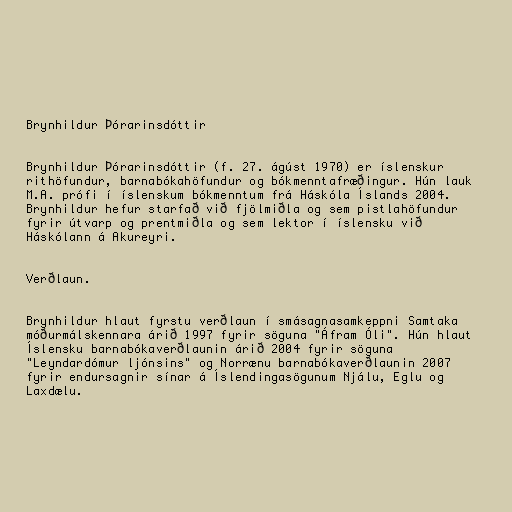
Brynhildur Þórarinsdóttir

Brynhildur Þórarinsdóttir (f. 27. ágúst 1970) er íslenskur
rithöfundur, barnabókahöfundur og bókmenntafræðingur. Hún lauk
M.A. prófi í íslenskum bókmenntum frá Háskóla Íslands 2004.
Brynhildur hefur starfað við fjölmiðla og sem pistlahöfundur
fyrir útvarp og prentmiðla og sem lektor í íslensku við
Háskólann á Akureyri.

Verðlaun.

Brynhildur hlaut fyrstu verðlaun í smásagnasamkeppni Samtaka
móðurmálskennara árið 1997 fyrir söguna "Áfram Óli". Hún hlaut
Íslensku barnabókaverðlaunin árið 2004 fyrir söguna
"Leyndardómur ljónsins" og Norrænu barnabókaverðlaunin 2007
fyrir endursagnir sínar á Íslendingasögunum Njálu, Eglu og
Laxdælu.